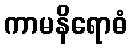
ကာမနိရောဓံ